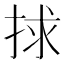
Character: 捄